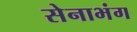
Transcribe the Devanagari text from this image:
सेनाभंग